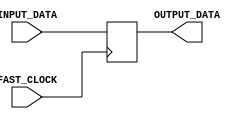
module FlipFlop(
		input 			  INPUT_DATA,
		input 	  		  FAST_CLOCK,
		output reg		  OUTPUT_DATA
    );
	 
	 always@(posedge FAST_CLOCK)
		OUTPUT_DATA <= INPUT_DATA;

endmodule